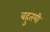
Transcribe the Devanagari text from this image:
बहुतयी